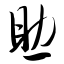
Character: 助